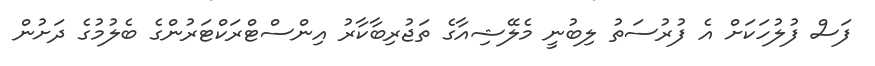
ފަސް ފުލުހަކަށް އެ ފުރުސަތު ލިބުނީ މެލޭޝިއާގެ ތަޖުރިބާކާރު އިންސްޓްރަކްޓަރުންގެ ބެލުމުގެ ދަށުން